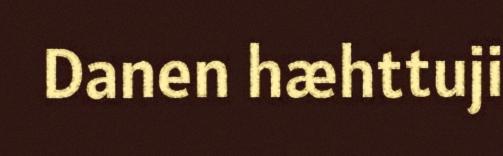
Danen hæhttuji